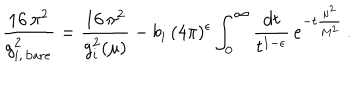
\frac { 1 6 \, \pi ^ { 2 } } { g _ { i , \, \mathrm { b a r e } } ^ { 2 } } = \frac { 1 6 \, \pi ^ { 2 } } { g _ { i } ^ { 2 } ( \mu ) } - b _ { i } \, ( 4 \pi ) ^ { \epsilon } \int _ { 0 } ^ { \infty } \frac { d t } { t ^ { 1 - \epsilon } } \, e ^ { - t \frac { \mu ^ { 2 } } { M ^ { 2 } } } \, .